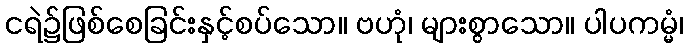
ငရဲ၌ဖြစ်စေခြင်းနှင့်စပ်သော။ ဗဟုံ၊ များစွာသော။ ပါပကမ္မံ၊